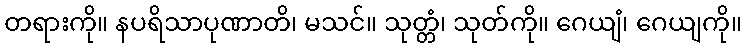
တရားကို။ နပရိသာပုဏာတိ၊ မသင်။ သုတ္တံ၊ သုတ်ကို။ ဂေယျံ၊ ဂေယျကို။